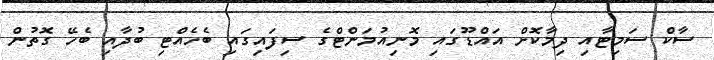
ސާކް ސަމިޓާއި ދިމާކޮށް އައްޑޫގައި މޮނިއުމަންޓްގެ ސިފައިގައި ބެހެއްޓި ބުދާއި ބެހޭ ގޮތުން